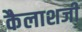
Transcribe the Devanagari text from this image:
कैलाशजी